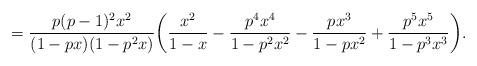
LaTeX: \begin{align*}= \frac{p(p-1)^2x^2}{(1-px)(1-p^2x)}\bigg(\frac{x^2}{1-x} - \frac{p^4x^4}{1-p^2x^2} - \frac{px^3}{1-px^2} + \frac{p^5x^5}{1-p^3x^3}\bigg).\end{align*}